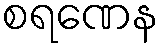
စရဏေန